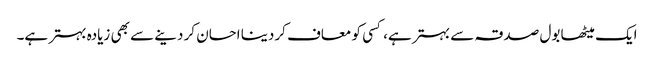
ایک میٹھا بول صدقہ سے بہتر ہے، کسی کو معاف کردینا احسان کر دینے سے بھی زیادہ بہتر ہے۔